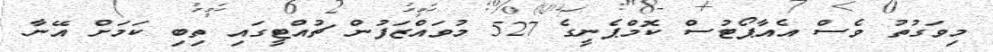
މިވަގުތު ވެސް އެއާޕޯޓުސް ކޮމްޕެނީގެ 527 މުވައްޒަފުން ޗުއްޓީގައި ތިބި ކަމަށް އޭނާ